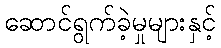
ဆောင်ရွက်ခဲ့မှုများနှင့်